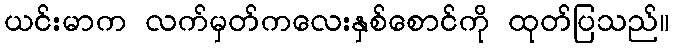
ယင်းမာက လက်မှတ်ကလေးနှစ်စောင်ကို ထုတ်ပြသည်။